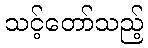
သင့်တော်သည့်